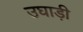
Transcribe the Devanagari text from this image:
उघाड़ी